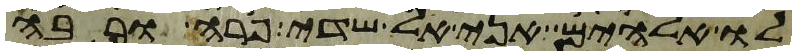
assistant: לו אלהים אני אל שדי פרה ורבה